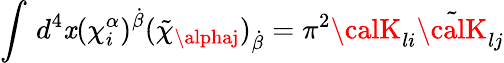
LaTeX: \int\, d^{4}\mathit{x}(\chi_{i}^{\alpha})^{\dot{{\beta}}}(\tilde{{\chi}}_{\alphaj})_{\dot{{\beta}}}=\pi^{2}{\calK}_{li}\tilde{{\calK}}_{lj}